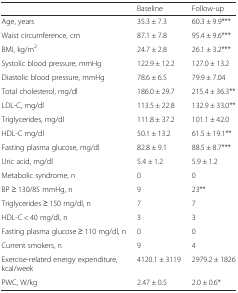
<table><thead><tr><td></td><td><b>Baseline</b></td><td><b>Follow-up</b></td></tr></thead><tbody><tr><td>Age, years</td><td>35.3 ± 7.3</td><td>60.3 ± 9.9***</td></tr><tr><td>Waist circumference, cm</td><td>87.1 ± 7.8</td><td>95.4 ± 9.6***</td></tr><tr><td>BMI, kg/m<sup>2</sup></td><td>24.7 ± 2.8</td><td>26.1 ± 3.2***</td></tr><tr><td>Systolic blood pressure, mmHg</td><td>122.9 ± 12.2</td><td>127.0 ± 13.2</td></tr><tr><td>Diastolic blood pressure, mmHg</td><td>78.6 ± 6.5</td><td>79.9 ± 7.04</td></tr><tr><td>Total cholesterol, mg/dl</td><td>186.0 ± 29.7</td><td>215.4 ± 36.3**</td></tr><tr><td>LDL-C, mg/dl</td><td>113.5 ± 22.8</td><td>132.9 ± 33.0**</td></tr><tr><td>Triglycerides, mg/dl</td><td>111.8 ± 37.2</td><td>101.1 ± 42.0</td></tr><tr><td>HDL-C mg/dl</td><td>50.1 ± 13.2</td><td>61.5 ± 19.1**</td></tr><tr><td>Fasting plasma glucose, mg/dl</td><td>82.8 ± 9.1</td><td>88.5 ± 8.7***</td></tr><tr><td>Uric acid, mg/dl</td><td>5.4 ± 1.2</td><td>5.9 ± 1.2</td></tr><tr><td>Metabolic syndrome, n</td><td>0</td><td>0</td></tr><tr><td>BP ≥ 130/85 mmHg, n</td><td>9</td><td>23**</td></tr><tr><td>Triglycerides ≥ 150 mg/dl, n</td><td>7</td><td>7</td></tr><tr><td>HDL-C &lt; 40 mg/dl, n</td><td>3</td><td>3</td></tr><tr><td>Fasting plasma glucose ≥ 110 mg/dl, n</td><td>0</td><td>0</td></tr><tr><td>Current smokers, n</td><td>9</td><td>4</td></tr><tr><td>Exercise-related energy expenditure, kcal/week</td><td>4120.1 ± 3119</td><td>2979.2 ± 1826</td></tr><tr><td>PWC, W/kg</td><td>2.47 ± 0.5</td><td>2.0 ± 0.6*</td></tr></tbody></table>